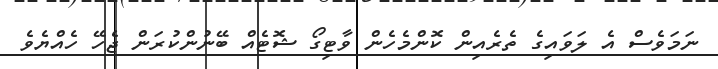
ނަމަވެސް އެ ލަވައިގެ ތެރެއިން ކޮންމެހެން ވާޓިގޯ ޝޮޓެއް ބޭނުންކުރަން ޖެހޭ ހެއްޔެވެ